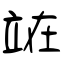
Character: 𫞼